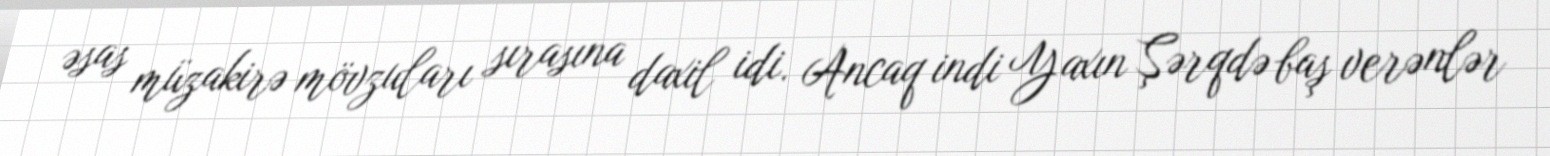
əsas müzakirə mövzuları sırasına daxil idi. Ancaq indi Yaxın Şərqdə baş verənlər